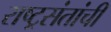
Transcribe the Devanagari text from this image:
राष्ट्रसंतांची